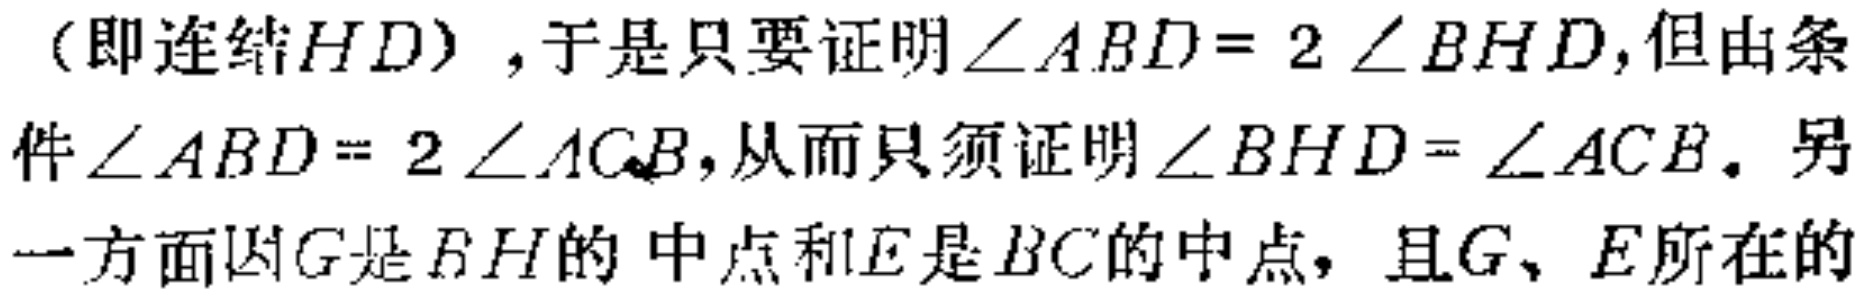
（即连结\(HD\)）,于是只要证明\(\angle ABD = 2\angle BHD\),但由条件\(\angle ABD = 2\angle ACB\),从而只须证明\(\angle BHD=\angle ACB\).另一方面因\(G\)是\(BH\)的中点和\(E\)是\(BC\)的中点, 且\(G、E\)所在的